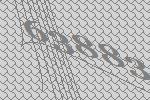
63883